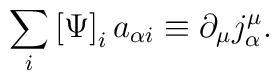
\sum_{i}\left[ \Psi \right] _{i}a_{\alpha i}\equiv \partial _{\mu }j_{\alpha}^{\mu }.